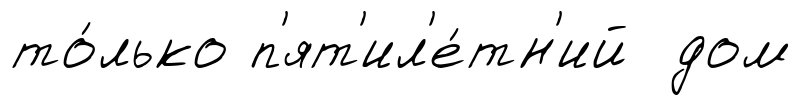
то́лько п'ят'ил'е́тн'ий дом